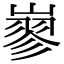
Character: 𡻪